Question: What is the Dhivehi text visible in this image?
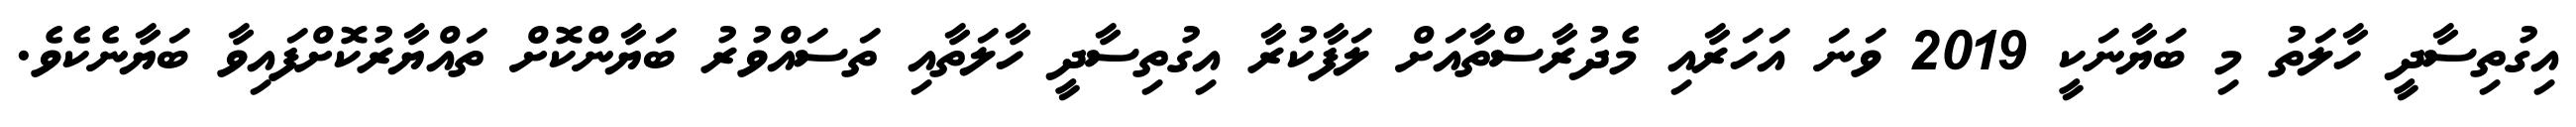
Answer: އިގުތިސާދީ ހާލަތު މި ބަޔާނަކީ 2019 ވަނަ އަހަރާއި މެދުރާސްތާއަށް ލަފާކުރާ އިގުތިސާދީ ހާލަތާއި ތަސައްވުރު ބަޔާންކޮށް ތައްޔާރުކޮށްފައިވާ ބަޔާނެކެވެ.